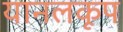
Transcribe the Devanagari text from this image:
यानलकूप